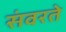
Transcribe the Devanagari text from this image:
संवरते